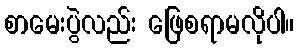
စာမေးပွဲလည်း ဖြေစရာမလိုပါ။